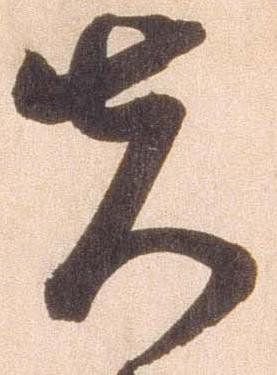
先